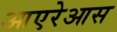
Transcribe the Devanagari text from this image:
आएरेआस